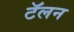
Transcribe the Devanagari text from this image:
टॅलन